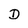
Character: D